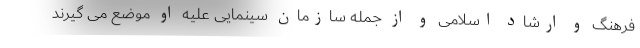
فرهنگ و ارشاد اسلامی و از جمله سازمان سینمایی علیه او موضع می گیرند